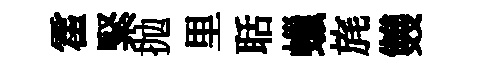
霍緊抛里聒蠟旄䨇